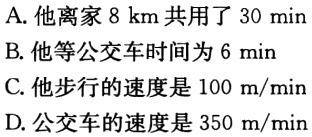
A. 他离家 8 km 共用了 30 min

B. 他等公交车时间为 6 min

C. 他步行的速度是 100 m/min

D. 公交车的速度是 350 m/min